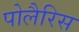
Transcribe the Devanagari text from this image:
पोलैरिस